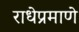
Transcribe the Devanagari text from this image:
राधेप्रमाणे